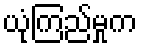
ယုံကြည်မှုက